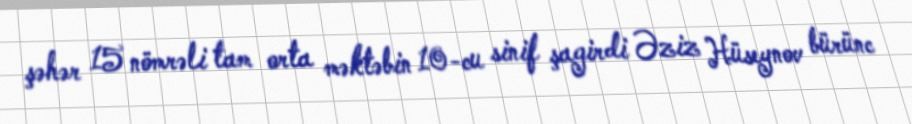
şəhər 15 nömrəli tam orta məktəbin 10-cu sinif şagirdi Əziz Hüseynov bürünc